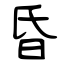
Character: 昏